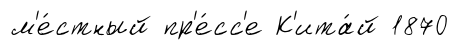
м'е́стный пр'е́сс'е К'ита́й 1870